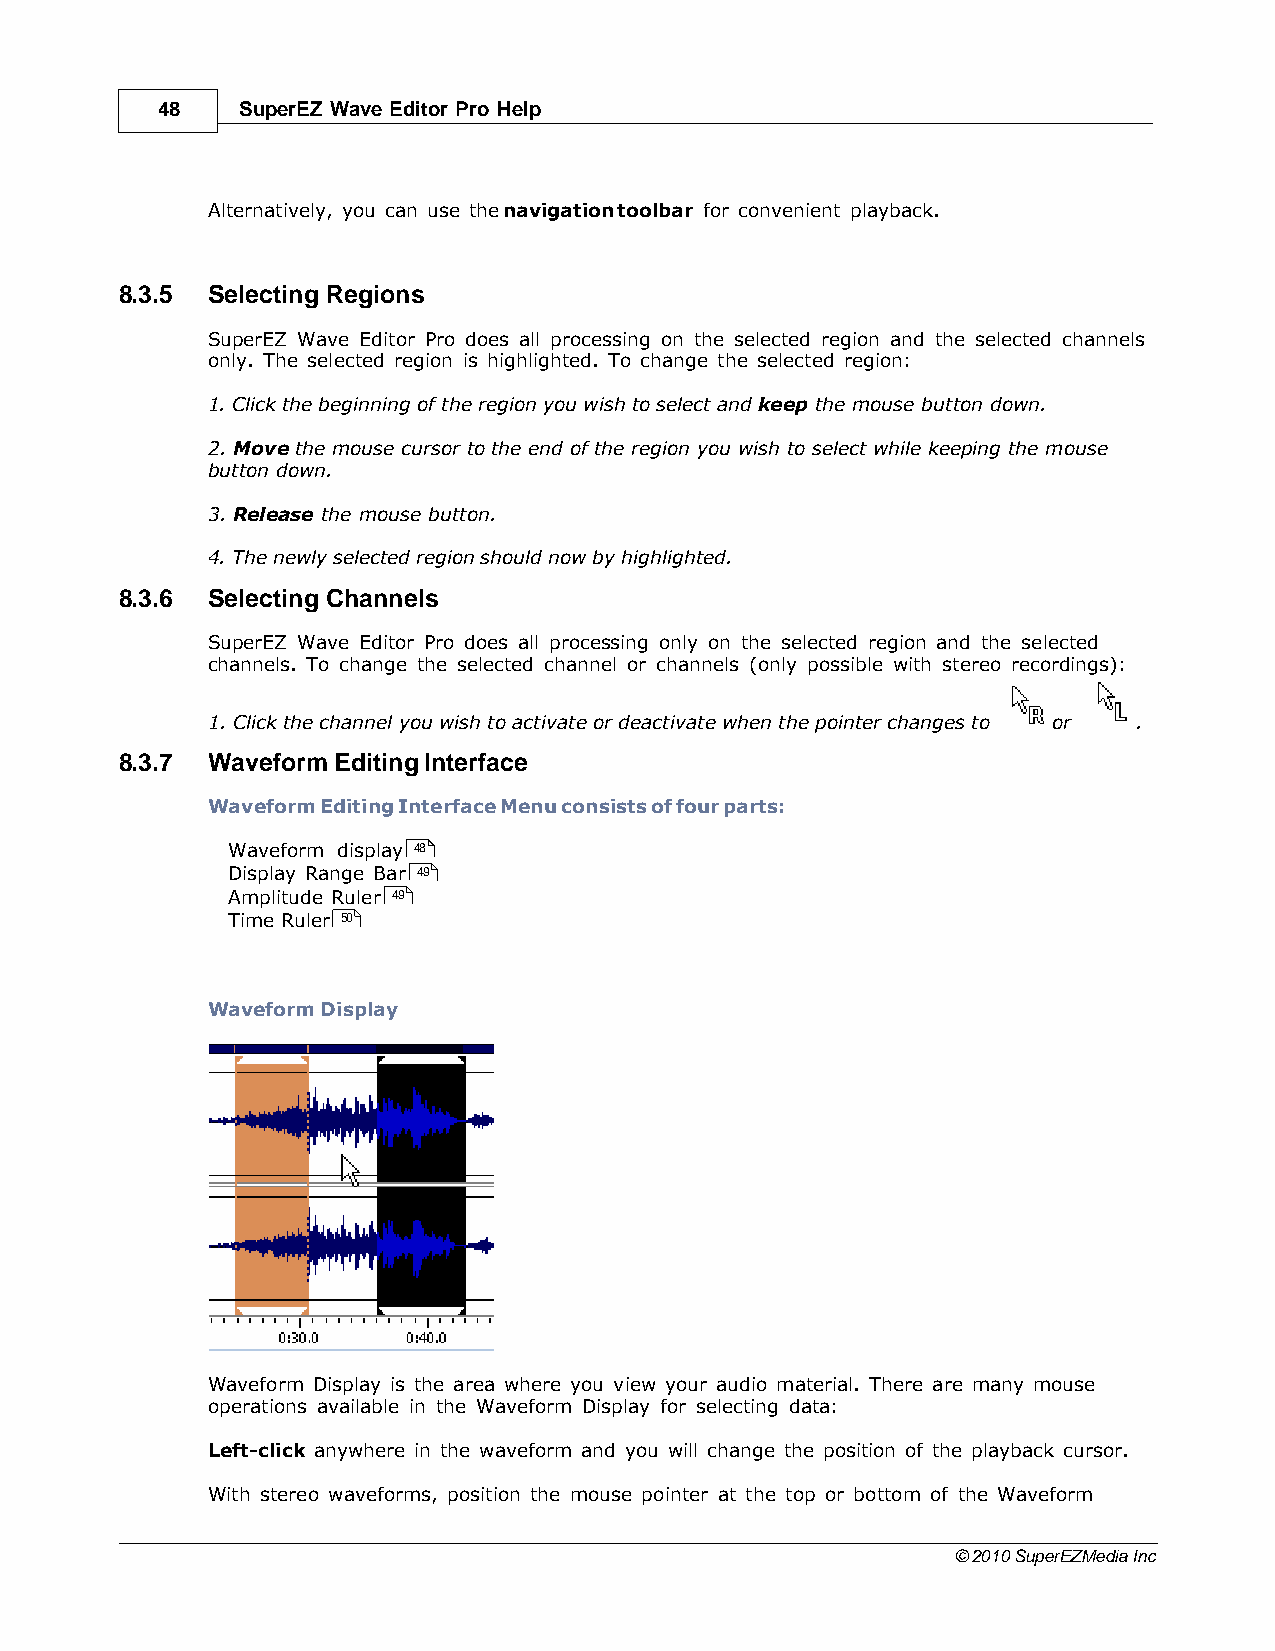
48    SuperEZ Wave Editor Pro Help
 Alternatively, you can use the navigation toolbar for convenient playback.
 8.3.5 Selecting Regions
 SuperEZ Wave Editor Pro does all processing on the selected region and the selected channels
 only. The selected region is highlighted. To change the selected region:
 1. Click the beginning of the region you wish to select and keep the mouse button down.
 2. Move the mouse cursor to the end of the region you wish to select while keeping the mouse
 button down.
 3. Release the mouse button.
 4. The newly selected region should now by highlighted.
 8.3.6 Selecting Channels
 SuperEZ Wave Editor Pro does all processing only on the selected region and the selected
 channels. To change the selected channel or channels (only possible with stereo recordings):
 1. Click the channel you wish to activate or deactivate when the pointer changes to or .
 8.3.7 Waveform Editing Interface
 Waveform Editing Interface Menu consists of four parts:
 Waveform display 48
 Display Range Bar 49
 Amplitude Ruler 49
 Time Ruler 50
 Waveform Display
 Waveform Display is the area where you view your audio material. There are many mouse
 operations available in the Waveform Display for selecting data:
 Left-click anywhere in the waveform and you will change the position of the playback cursor.
 With stereo waveforms, position the mouse pointer at the top or bottom of the Waveform
 © 2010 SuperEZMedia Inc